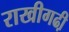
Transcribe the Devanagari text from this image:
राखीगढी़